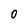
Character: O